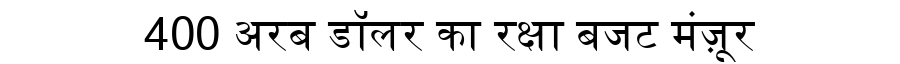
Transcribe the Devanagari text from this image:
400 अरब डॉलर का रक्षा बजट मंज़ूर